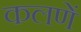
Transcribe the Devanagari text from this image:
कलणें